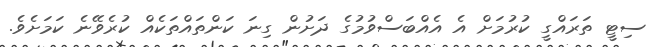
ސިޓީ ތަރައްގީ ކުރުމަށް އެ އެއްބަސްވުމުގެ ދަށުން ގިނަ ކަންތައްތަކެއް ކުރެވޭނެ ކަމަށެވެ.